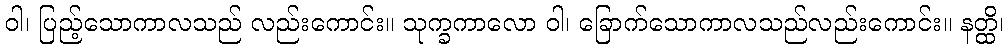
ဝါ၊ ပြည့်သောကာလသည် လည်းကောင်း။ သုက္ခကာလော ဝါ၊ ခြောက်သောကာလသည်လည်းကောင်း။ နတ္ထိ၊